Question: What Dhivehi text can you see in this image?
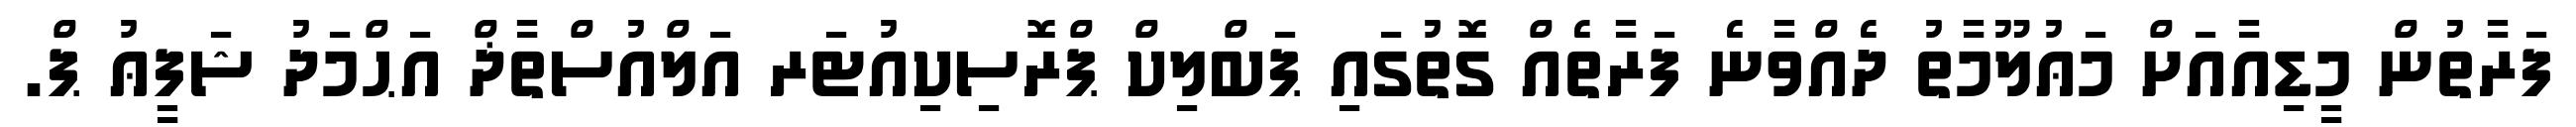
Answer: ފަރާތުން މީޑިއާއަށް މަޢުލޫމާތު ދެއްވާނެ ފަރާތެއް ގޮތުގައި ޕަބްލިކް ޕްރޮސިކިއުޓަރ އަލްއުސްތާޛް އަޙްމަދު ޝަފީޢު ޕް.